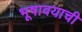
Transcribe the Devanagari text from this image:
भूषावयाची